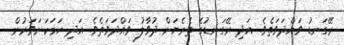
ރޭގަނޑު ވައްދަވަތެވެ. އަދި ރޭގަނޑުގެ ތެރެޔަށް ދުވާލު ވައްދަވަތެވެ. އަދި ހަމަކަށަވަރުން